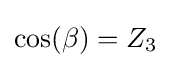
\cos(\beta )=Z_{3}